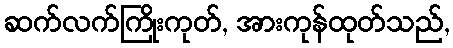
ဆက်လက်ကြိုးကုတ်, အားကုန်ထုတ်သည်,